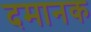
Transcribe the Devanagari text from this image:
दमानक